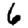
Digit: 6